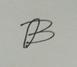
Signature authenticity: forged